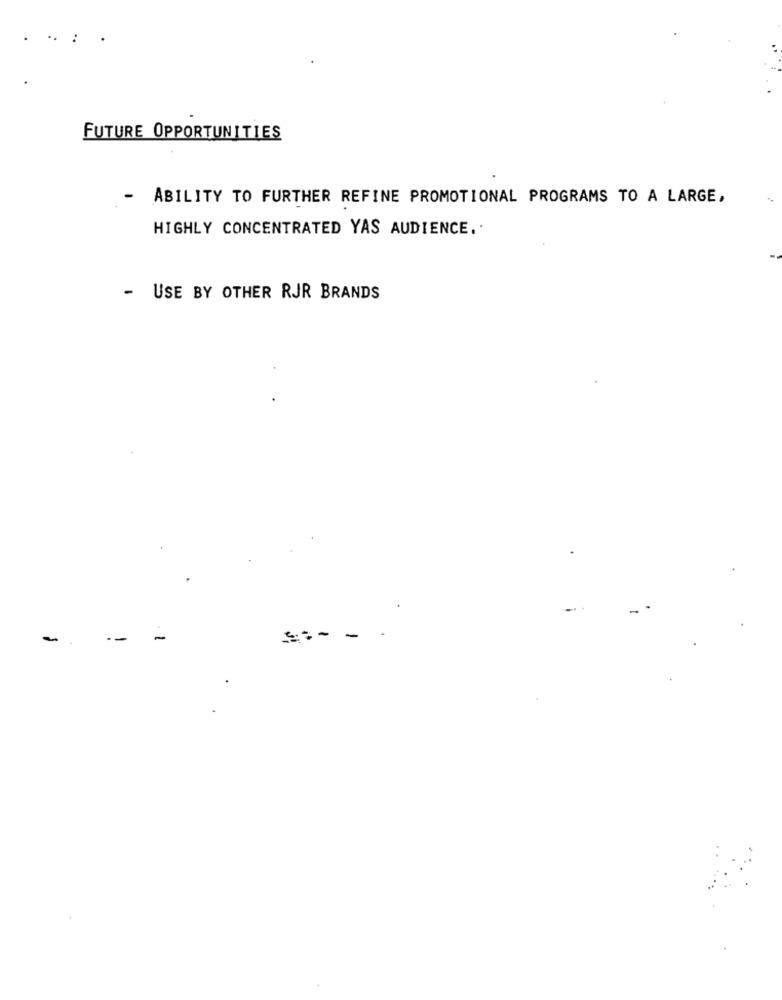
FUTURE OPPORTUNITIES
-
ABILITY TO FURTHER REFINE PROMOTIONAL PROGRAMS TO A LARGE,
HIGHLY CONCENTRATED YAS AUDIENCE ..
- USE BY OTHER RJR BRANDS
-
-
--
-
-